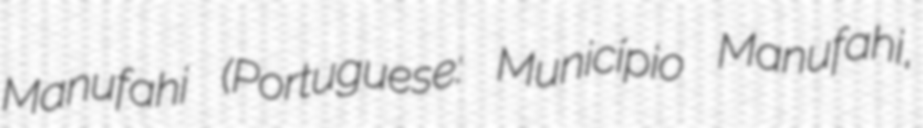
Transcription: Manufahi (Portuguese: Município Manufahi,